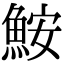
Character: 鮟